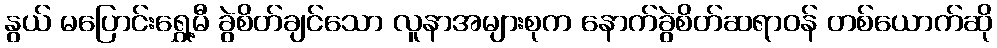
နွယ် မပြောင်းရွှေ့မီ ခွဲစိတ်ချင်သော လူနာအများစုက နောက်ခွဲစိတ်ဆရာဝန် တစ်ယောက်ဆို